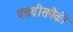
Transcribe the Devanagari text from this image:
पंचवीसपैकी